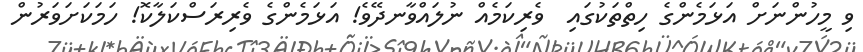
ވި މީހުންނަށް އަޅަމެންގެ ހިތްތަކުގައި  ވެރިކަމެއް ނުލައްވާނދޭވެ! އަޅަމެންގެ ވެރިރަސްކަލާކޮ! ހަމަކަށަވަރުން